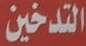
التدخين